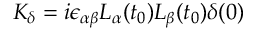
{ \cal K } _ { \delta } = i \epsilon _ { \alpha \beta } L _ { \alpha } ( t _ { 0 } ) L _ { \beta } ( t _ { 0 } ) \delta ( 0 )